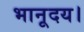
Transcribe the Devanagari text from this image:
भानूदय।